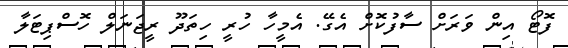
ފޮޓޯ އިންް ވަރަށް ސާފުކޮށް އެގޭ. އެމީހާ ހުރީ ހިތަދޫ ރީޖަނަލް ހޮސްޕިޓަލާ